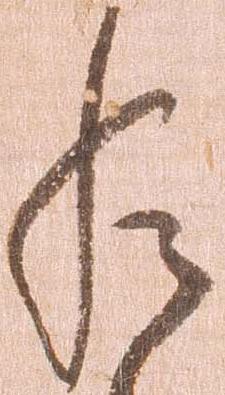
給